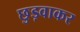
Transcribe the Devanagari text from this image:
छुड़वाकर